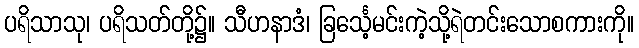
ပရိသာသု၊ ပရိသတ်တို့၌။ သီဟနာဒံ၊ ခြင်္သေ့မင်းကဲ့သို့ရဲတင်းသောစကားကို။